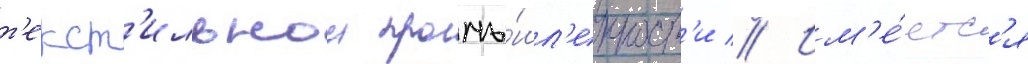
т'екст'ильнои промы́шл'енност'и // Им'е́етс'я